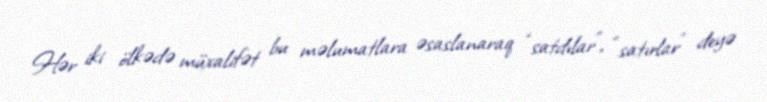
Hər iki ölkədə müxalifət bu məlumatlara əsaslanaraq “satdılar”, “satırlar” deyə